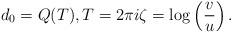
LaTeX: \begin{align*} d_0 = Q(T), T = 2 \pi i \zeta = \log \left( \frac{v}{u} \right) .\end{align*}